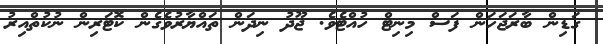
ގަޑިން ބާރަޖަހަން ފަސް މިނިޓް ހުއްޓެވެ. ޖޫދު ނިދަން ތައްޔާރުވެގެން ކޮޓަރިން ނުކުތްއިރު